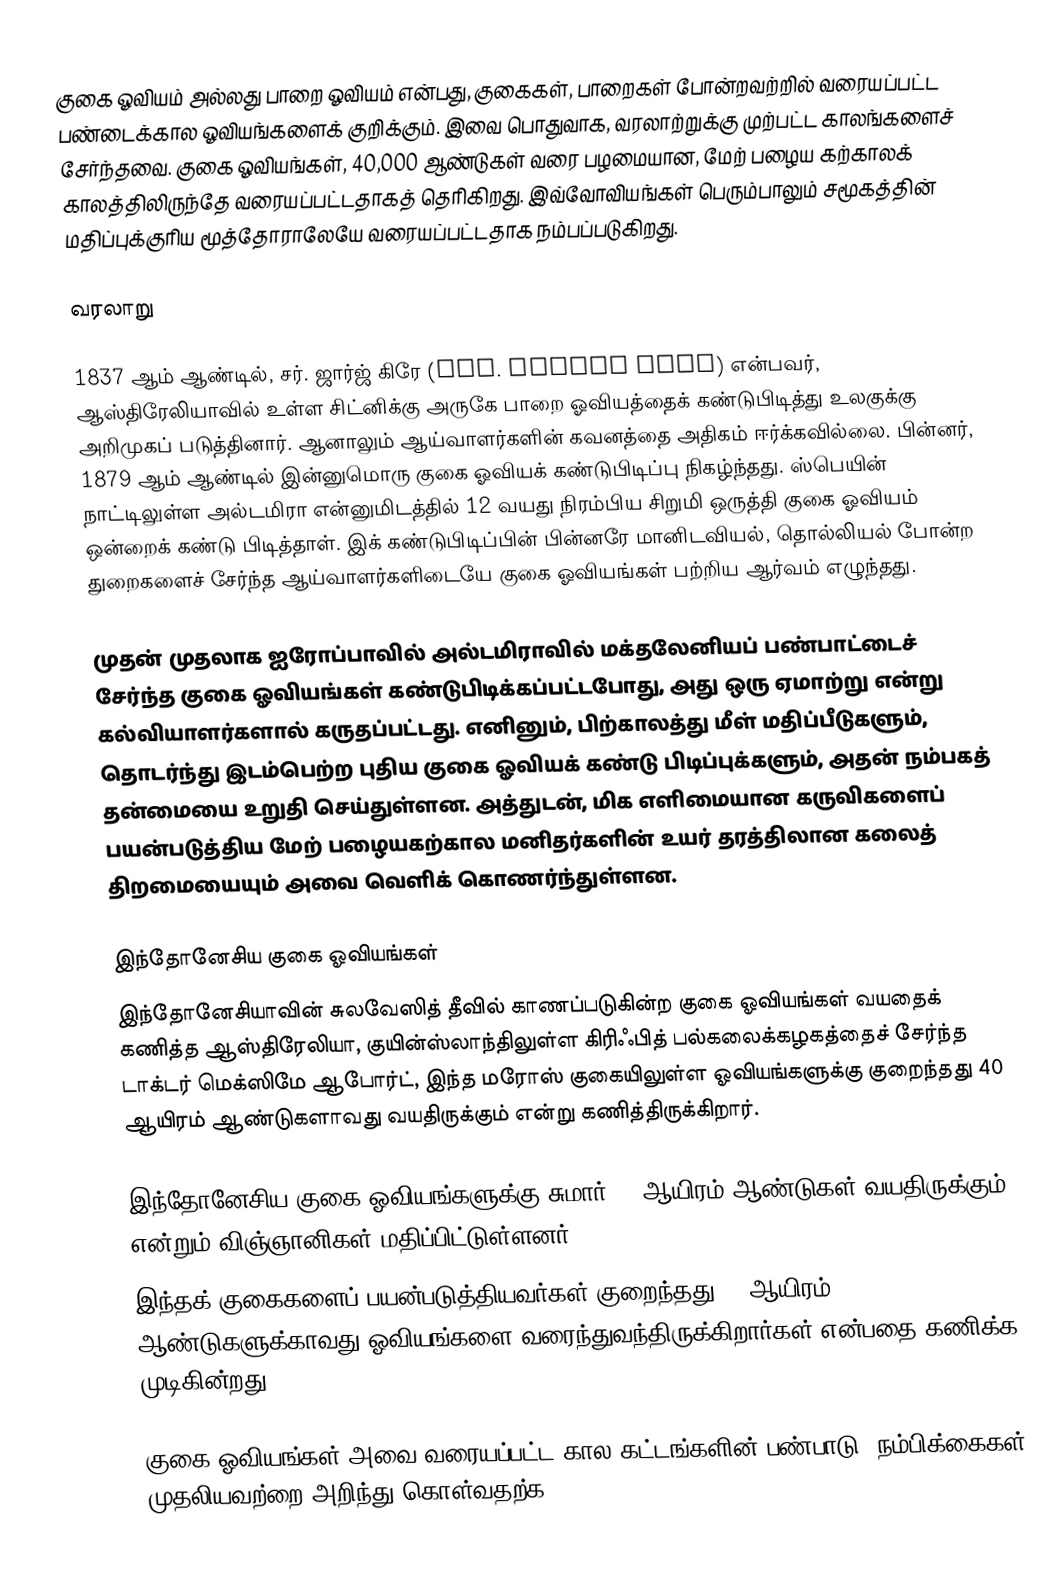
குகை ஓவியம் அல்லது பாறை ஓவியம் என்பது, குகைகள், பாறைகள் போன்றவற்றில் வரையப்பட்ட பண்டைக்கால ஓவியங்களைக் குறிக்கும். இவை பொதுவாக, வரலாற்றுக்கு முற்பட்ட காலங்களைச் சேர்ந்தவை. குகை ஓவியங்கள், 40,000 ஆண்டுகள் வரை பழமையான, மேற் பழைய கற்காலக் காலத்திலிருந்தே வரையப்பட்டதாகத் தெரிகிறது. இவ்வோவியங்கள் பெரும்பாலும் சமூகத்தின் மதிப்புக்குரிய மூத்தோராலேயே வரையப்பட்டதாக நம்பப்படுகிறது.

வரலாறு

1837 ஆம் ஆண்டில், சர். ஜார்ஜ் கிரே (Sir. George Grey) என்பவர், ஆஸ்திரேலியாவில் உள்ள சிட்னிக்கு அருகே பாறை ஓவியத்தைக் கண்டுபிடித்து உலகுக்கு அறிமுகப் படுத்தினார். ஆனாலும் ஆய்வாளர்களின் கவனத்தை அதிகம் ஈர்க்கவில்லை. பின்னர், 1879 ஆம் ஆண்டில் இன்னுமொரு குகை ஓவியக் கண்டுபிடிப்பு நிகழ்ந்தது. ஸ்பெயின் நாட்டிலுள்ள அல்டமிரா என்னுமிடத்தில் 12 வயது நிரம்பிய சிறுமி ஒருத்தி குகை ஓவியம் ஒன்றைக் கண்டு பிடித்தாள். இக் கண்டுபிடிப்பின் பின்னரே மானிடவியல், தொல்லியல் போன்ற துறைகளைச் சேர்ந்த ஆய்வாளர்களிடையே குகை ஓவியங்கள் பற்றிய ஆர்வம் எழுந்தது.

முதன் முதலாக ஐரோப்பாவில் அல்டமிராவில் மக்தலேனியப் பண்பாட்டைச் சேர்ந்த குகை ஓவியங்கள் கண்டுபிடிக்கப்பட்டபோது, அது ஒரு ஏமாற்று என்று கல்வியாளர்களால் கருதப்பட்டது. எனினும், பிற்காலத்து மீள் மதிப்பீடுகளும், தொடர்ந்து இடம்பெற்ற புதிய குகை ஓவியக் கண்டு பிடிப்புக்களும், அதன் நம்பகத் தன்மையை உறுதி செய்துள்ளன. அத்துடன், மிக எளிமையான கருவிகளைப் பயன்படுத்திய மேற் பழையகற்கால மனிதர்களின் உயர் தரத்திலான கலைத் திறமையையும் அவை வெளிக் கொணர்ந்துள்ளன.

இந்தோனேசிய குகை ஓவியங்கள்
இந்தோனேசியாவின் சுலவேஸித் தீவில் காணப்படுகின்ற குகை ஓவியங்கள் வயதைக் கணித்த ஆஸ்திரேலியா, குயின்ஸ்லாந்திலுள்ள கிரிஃபித் பல்கலைக்கழகத்தைச் சேர்ந்த டாக்டர் மெக்ஸிமே ஆபோர்ட், இந்த மரோஸ் குகையிலுள்ள ஓவியங்களுக்கு குறைந்தது 40 ஆயிரம் ஆண்டுகளாவது வயதிருக்கும் என்று கணித்திருக்கிறார்.

இந்தோனேசிய குகை ஓவியங்களுக்கு சுமார் 27 ஆயிரம் ஆண்டுகள் வயதிருக்கும் என்றும் விஞ்ஞானிகள் மதிப்பிட்டுள்ளனர்.
இந்தக் குகைகளைப் பயன்படுத்தியவர்கள் குறைந்தது 13 ஆயிரம் ஆண்டுகளுக்காவது ஓவியங்களை வரைந்துவந்திருக்கிறார்கள் என்பதை கணிக்க முடிகின்றது.

குகை ஓவியங்கள் அவை வரையப்பட்ட கால கட்டங்களின் பண்பாடு, நம்பிக்கைகள் முதலியவற்றை அறிந்து கொள்வதற்க